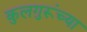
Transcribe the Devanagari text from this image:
कुलगुरूंच्या